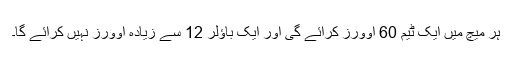
ہر میچ میں ایک ٹیم 60 اوورز کرائے گی اور ایک باؤلر 12 سے زیادہ اوورز نہیں کرائے گا۔